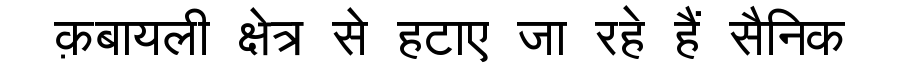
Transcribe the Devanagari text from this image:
क़बायली क्षेत्र से हटाए जा रहे हैं सैनिक